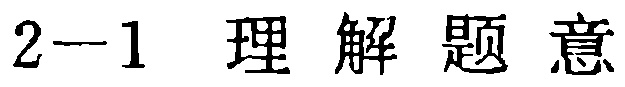
2--1 \quad 理 解 题 意